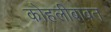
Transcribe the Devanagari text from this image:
कोहलीबाबत